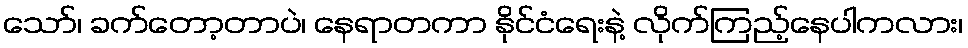
သော်၊ ခက်တော့တာပဲ၊ နေရာတကာ နိုင်ငံရေးနဲ့ လိုက်ကြည့်နေပါကလား၊